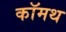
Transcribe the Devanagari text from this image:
कॉमथ